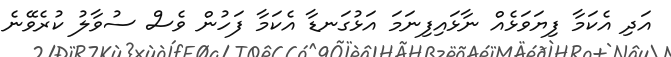
އަދި އެކަމާ ފިޔަވަޅެއް ނާޅައިފިނަމަ އަޅުގަނޑާ އެކަމާ ފަހުން ވެސް ސުވާލު ކުރެވޭނެ